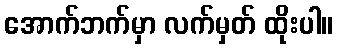
အောက်ဘက်မှာ လက်မှတ် ထိုးပါ။